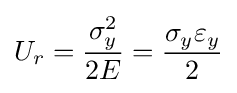
U_{r}={\frac {\sigma _{y}^{2}}{2E}}={\frac {\sigma _{y}\varepsilon _{y}}{2}}